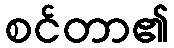
စင်တာ၏